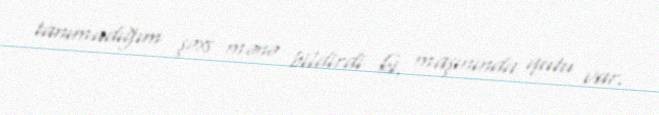
tanımadığım şəxs mənə bildirdi ki, maşınında qutu var.